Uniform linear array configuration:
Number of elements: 48
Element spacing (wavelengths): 1
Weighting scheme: cosine
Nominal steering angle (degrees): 60
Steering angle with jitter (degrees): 60.672
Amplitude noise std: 0.05
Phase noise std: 0.05

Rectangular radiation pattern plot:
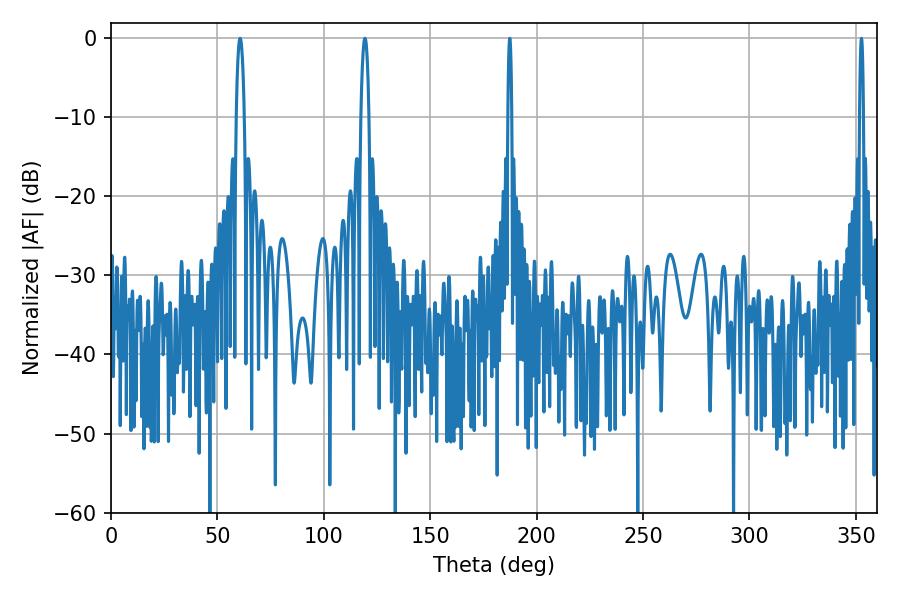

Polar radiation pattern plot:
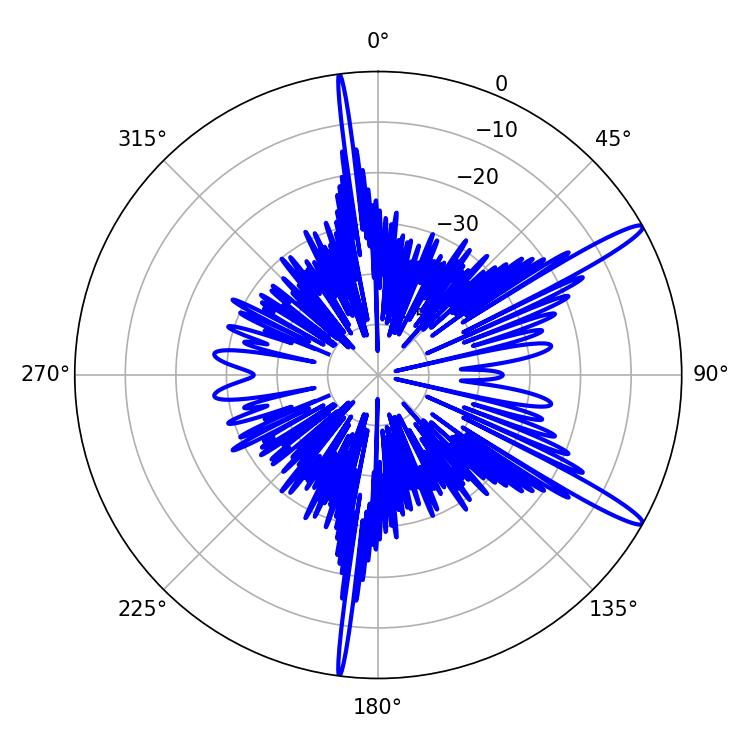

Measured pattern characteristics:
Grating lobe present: TRUE
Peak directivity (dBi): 14.639
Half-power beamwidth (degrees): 2.16
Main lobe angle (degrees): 60.66